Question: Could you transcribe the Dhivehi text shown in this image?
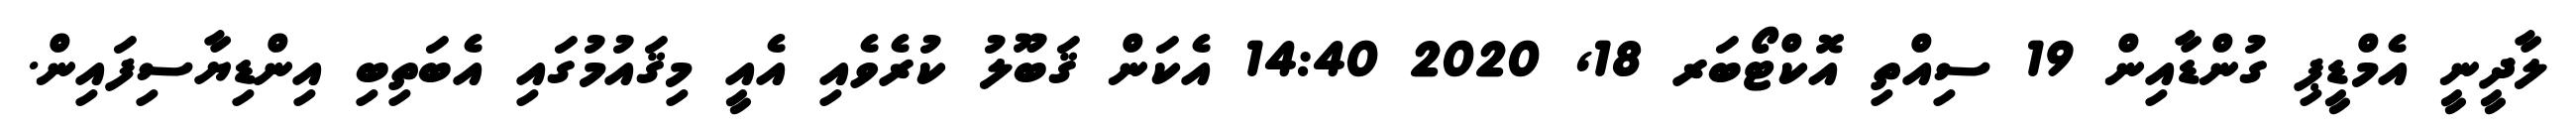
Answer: ލާދީނީ އެމްޑީޕި ގުންޑާއިން 19 ސިއްތި އޮކްޓޯބަރ 18, 2020 14:40 އެކަން ޤަބޫލު ކުރެވެއި އެއީ މިޤައުމުގައި އެބަތިބި އިންޑިޔާސިފައިން.